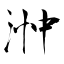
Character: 浺